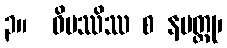
၃။  ဝိပဿိဿ စ နမတ္ထု၊